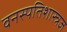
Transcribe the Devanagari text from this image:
वनस्पतिशास्त्रज्ञ